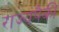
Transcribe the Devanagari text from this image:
राज्यंपैकी